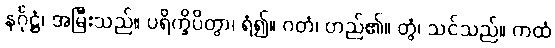
နင်္ဂုဋ္ဌံ၊ အမြီးသည်။ ပရိက္ခိပိတွာ၊ ရံ၍။ ဂတံ၊ တည်၏။ တွံ၊ သင်သည်။ ကထံ